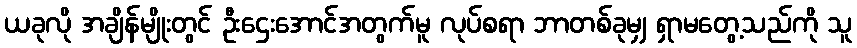
ယခုလို အချိန်မျိုးတွင် ဦးဌေးအောင်အတွက်မူ လုပ်စရာ ဘာတစ်ခုမျှ ရှာမတွေ့သည်ကို သူ